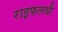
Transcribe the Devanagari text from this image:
राइफलथी